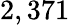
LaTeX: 2,371